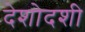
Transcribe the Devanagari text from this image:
देशोदशी